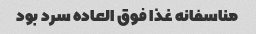
مناسفانه غذا فوق العاده سرد بود